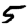
Digit: 5